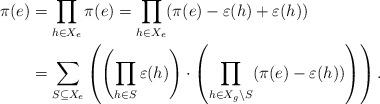
LaTeX: \begin{align*} \pi(e) & = \prod_{h \in X_e} \pi(e) = \prod_{h \in X_e} (\pi(e) - \varepsilon(h) + \varepsilon(h)) \\ & = \sum_{S \subseteq X_e} \left ( \left ( \prod_{h \in S} \varepsilon(h) \right ) \cdot \left ( \prod_{h \in X_g \setminus S} (\pi(e) - \varepsilon(h)) \right ) \right ).\end{align*}